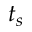
t _ { s }